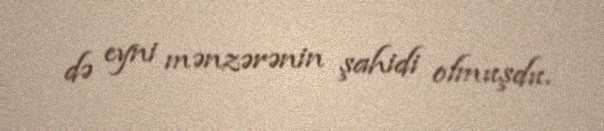
də eyni mənzərənin şahidi olmuşdu.